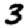
Digit: 3